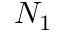
N _ { 1 }